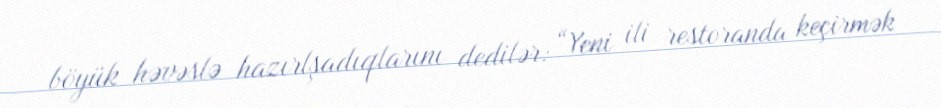
böyük həvəslə hazırlşadıqlarını dedilər: “Yeni ili restoranda keçirmək